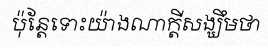
ប៉ុន្តែទោះយ៉ាងណាក្តីសង្ឃឹមថា